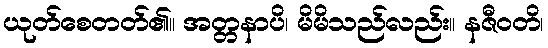
ယုတ်စေတတ်၏။ အတ္တနာပိ၊ မိမိသည်လည်း။ နဇီဝတိ၊